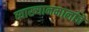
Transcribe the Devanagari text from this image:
व्याख्यानमालांचे